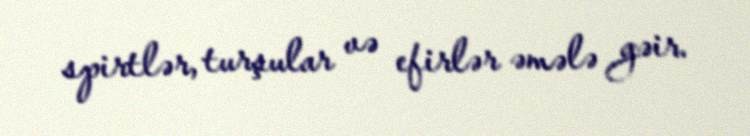
spirtlər, turşular və efirlər əmələ gəir.